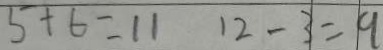
5 + 6 = 1 1 1 2 - 3 = 9